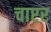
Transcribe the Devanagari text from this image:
चाप्टर